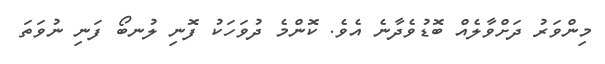
މިންވަރު ދަށްވާލެއް ބޮޑުވެދާނެ އެވެ. ކޮންމެ ދުވަހަކު ފޮނި ލުނބޯ ފަނި ނުވަތަ